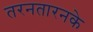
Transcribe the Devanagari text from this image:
तरनतारनके